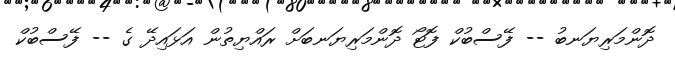
ދޮންމަރިޔަނބު -- ފޭސްބުކް ފޮޓޯ ދޮންމަރިޔަނބަށް ރައްޔިތުން އަޅައިދޭ ގެ -- ފޭސްބުކް